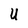
Character: U